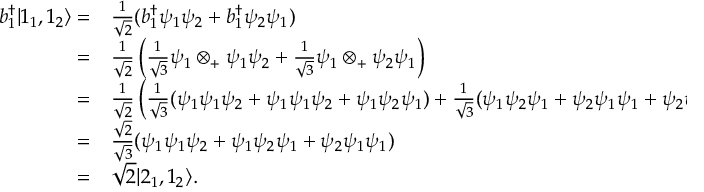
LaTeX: \begin{array} { r l } { b _ { 1 } ^ { \dagger } | 1 _ { 1 } , 1 _ { 2 } \rangle = } & { { \frac { 1 } { \sqrt { 2 } } } ( b _ { 1 } ^ { \dagger } \psi _ { 1 } \psi _ { 2 } + b _ { 1 } ^ { \dagger } \psi _ { 2 } \psi _ { 1 } ) } \\ { = } & { { \frac { 1 } { \sqrt { 2 } } } \left( { \frac { 1 } { \sqrt { 3 } } } \psi _ { 1 } \otimes _ { + } \psi _ { 1 } \psi _ { 2 } + { \frac { 1 } { \sqrt { 3 } } } \psi _ { 1 } \otimes _ { + } \psi _ { 2 } \psi _ { 1 } \right) } \\ { = } & { { \frac { 1 } { \sqrt { 2 } } } \left( { \frac { 1 } { \sqrt { 3 } } } ( \psi _ { 1 } \psi _ { 1 } \psi _ { 2 } + \psi _ { 1 } \psi _ { 1 } \psi _ { 2 } + \psi _ { 1 } \psi _ { 2 } \psi _ { 1 } ) + { \frac { 1 } { \sqrt { 3 } } } ( \psi _ { 1 } \psi _ { 2 } \psi _ { 1 } + \psi _ { 2 } \psi _ { 1 } \psi _ { 1 } + \psi _ { 2 } \psi _ { 1 } \psi _ { 1 } ) \right) } \\ { = } & { { \frac { \sqrt { 2 } } { \sqrt { 3 } } } ( \psi _ { 1 } \psi _ { 1 } \psi _ { 2 } + \psi _ { 1 } \psi _ { 2 } \psi _ { 1 } + \psi _ { 2 } \psi _ { 1 } \psi _ { 1 } ) } \\ { = } & { { \sqrt { 2 } } | 2 _ { 1 } , 1 _ { 2 } \rangle . } \end{array}